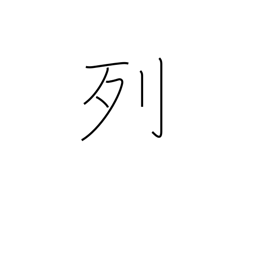
Meaning: row